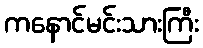
ကနောင်မင်းသားကြီး